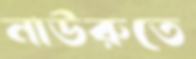
নাউরুতে